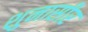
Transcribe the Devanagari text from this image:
शुनासीर